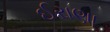
ઈરાણા